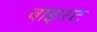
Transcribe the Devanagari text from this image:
बाइरट